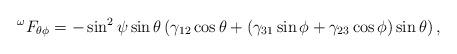
LaTeX: \begin{align*}^{\omega}F_{\theta \phi}=-\sin^2 \psi \sin \theta \left( \gamma_{12} \cos \theta +(\gamma_{31} \sin \phi +\gamma_{23} \cos \phi)\sin \theta \right),\end{align*}